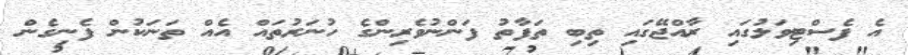
އެ ފެސްޓިވަލުގައި ރާއްޖޭގައި ތިބި ތަފާތު ފަންނުވެރިންގެ ހުނަރުތައް އެއް ތަނަކުން ފެނިގެން